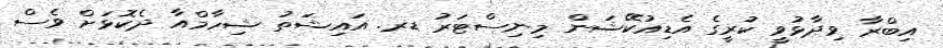
އިބްރާ ވިދާޅުވީ ކުރީގެ އެޑިއުކޭޝަން މިނިސްޓަރު ޑރ. އައިޝަތު ޝިހާމްއާ ދެކޮޅަށް ވެސް